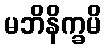
မဘိနိက္ခမိ